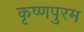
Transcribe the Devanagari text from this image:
कृष्णपुरम